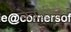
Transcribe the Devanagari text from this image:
नेत्रातील